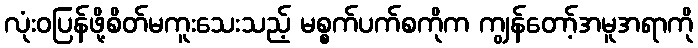
လုံးဝပြန်ဖို့စိတ်မကူးသေးသည့် မစ္စက်ပက်စကိုက ကျွန်တော့်အမူအရာကို